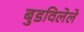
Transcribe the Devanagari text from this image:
बुडविलेले